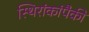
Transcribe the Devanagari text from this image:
स्थिरांकांपैकी